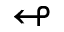
\looparrowleft